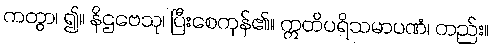
ကတွာ၊ ၍။ နိဌဗေသု၊ ပြီးစေကုန်၏။ ဣတိပရိသမာပဏံ၊ တည်း။